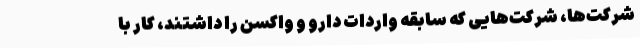
شرکت‌ها، شرکت‌هایی که سابقه واردات دارو و واکسن را داشتند، کار با